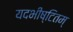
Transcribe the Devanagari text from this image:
यदभीष्टितम्